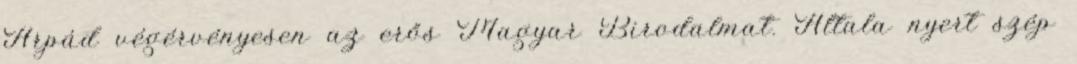
Árpád végérvényesen az erős Magyar Birodalmat. Általa nyert szép